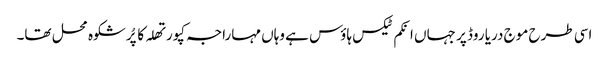
اسی طرح موج دریا روڈ پر جہاں انکم ٹیکس ہاؤس ہے وہاں مہاراجہ کپورتھلہ کا پُرشکوہ محل تھا۔